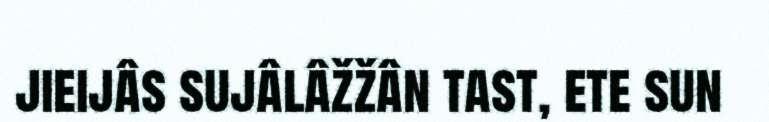
jieijâs sujâlâžžân tast, ete sun